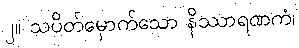
၂။ သပိတ်မှောက်သော နိဿာရဏကံ၊